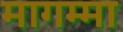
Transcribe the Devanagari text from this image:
मागम्मा